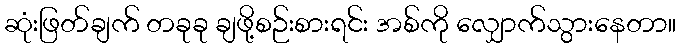
ဆုံးဖြတ်ချက် တခုခု ချဖို့စဉ်းစားရင်း အစ်ကို လျှောက်သွားနေတာ။